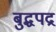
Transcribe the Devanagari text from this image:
बुद्धपद्र